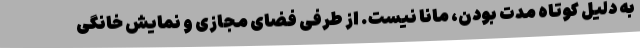
به دلیل کوتاه مدت بودن، مانا نیست. از طرفی فضای مجازی و نمایش خانگی